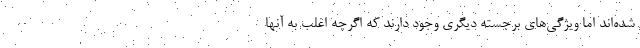
شده‌اند اما ویژگی‌های برجسته دیگری وجود دارند که اگرچه اغلب به آنها